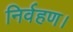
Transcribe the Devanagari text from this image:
निर्वहण।